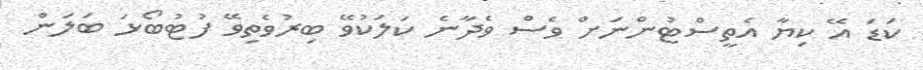
ކަޑަ އޭ ކިޔާ އެތީސްޓުންނަށް ވެސް ވެދާނެ ކަލަކުވޭ ބިރުވެތިވޭ ފުޓުބޯޅަ ބަލަން